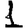
Digit: 1